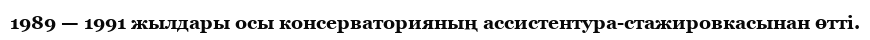
1989 — 1991 жылдары осы консерваторияның ассистентура-стажировкасынан өтті.